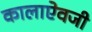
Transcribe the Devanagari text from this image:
कालाऐवजी